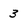
Character: 3